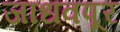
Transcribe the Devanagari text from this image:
जाधवपूर